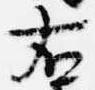
右